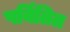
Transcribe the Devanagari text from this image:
पर्वितित